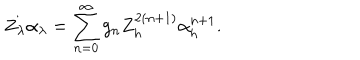
LaTeX: Z _ { \lambda } \alpha _ { \lambda } = \sum _ { n = 0 } ^ { \infty } g _ { n } Z _ { h } ^ { 2 ( n + 1 ) } \alpha _ { h } ^ { n + 1 } .